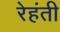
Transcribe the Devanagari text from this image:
रेहंती